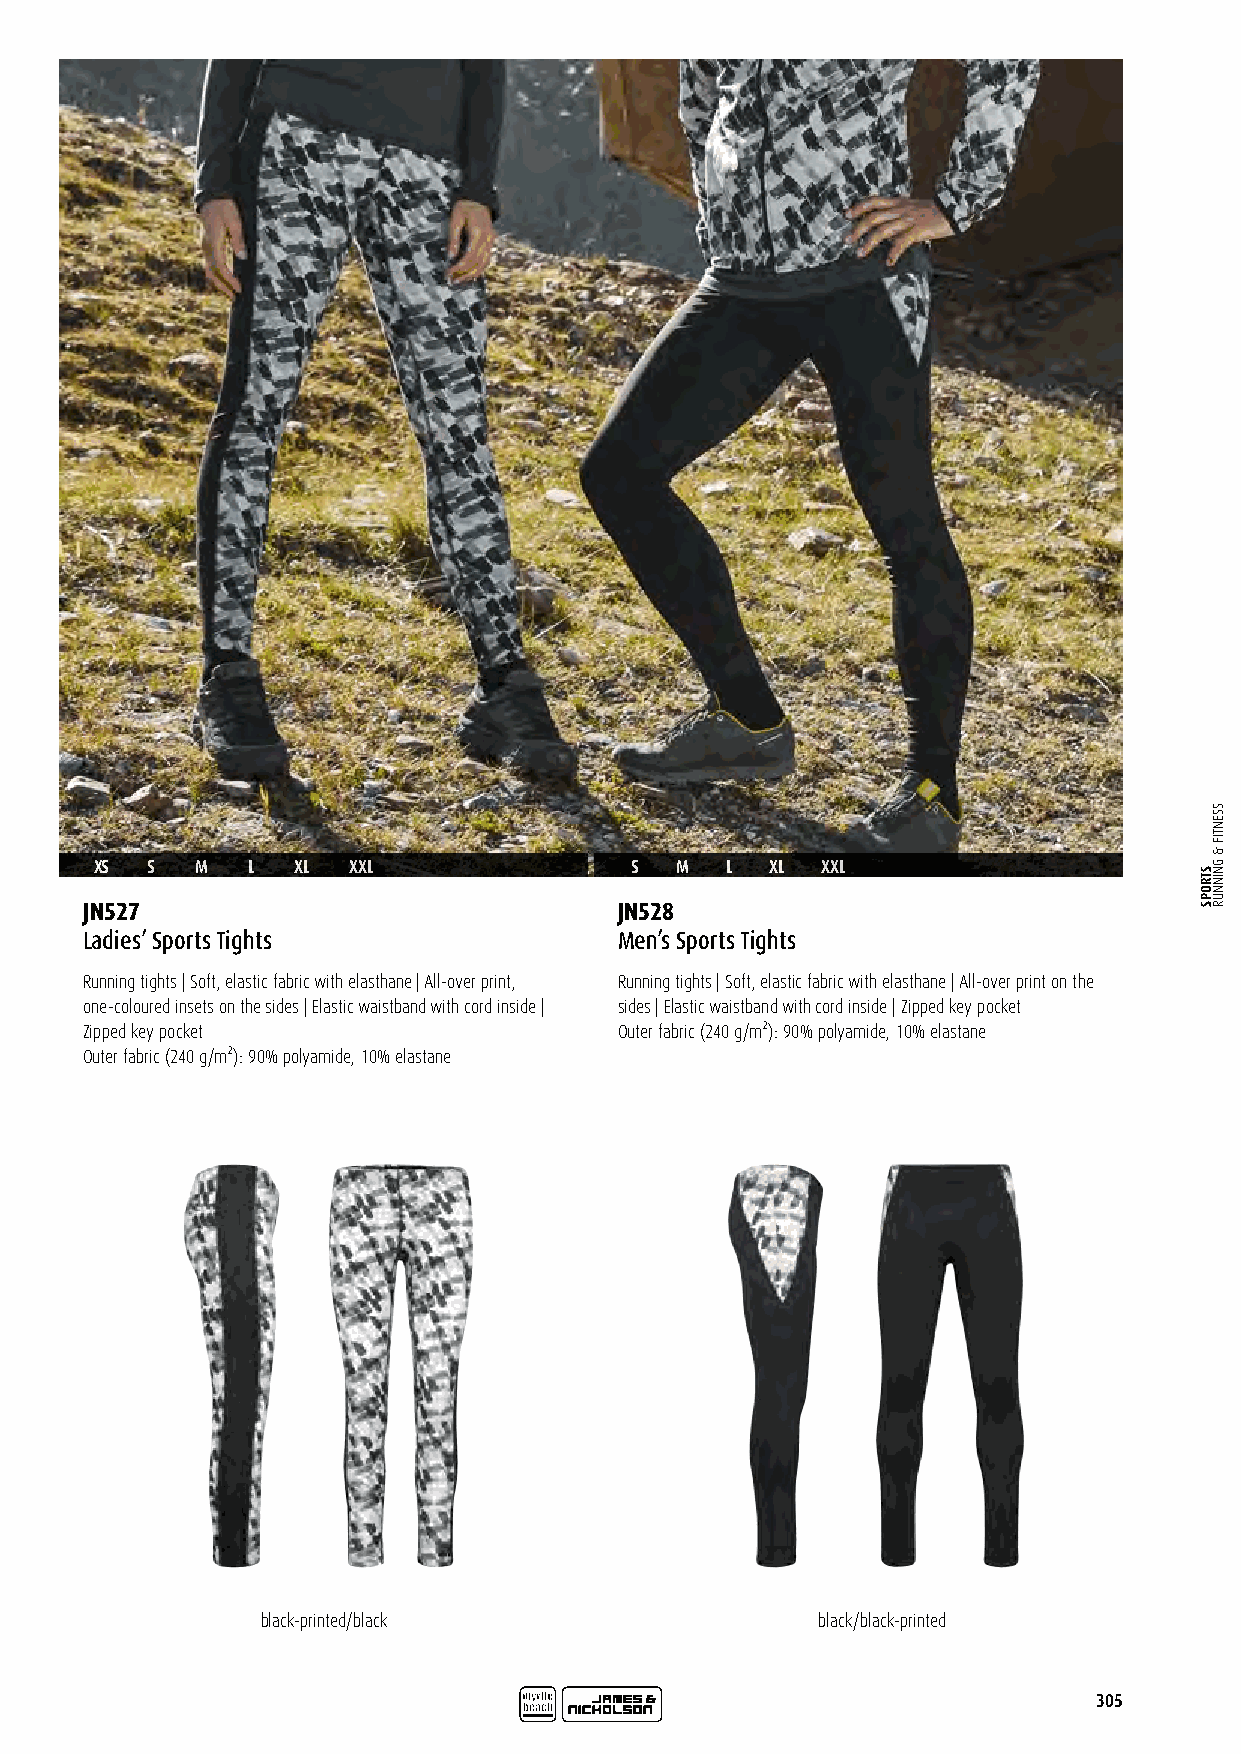
XS  S  M  L   XL XXL                S  M  L  XL XXL
 JN527                               JN528
 Ladies’ Sports Tights               Men’s Sports Tights
 Running tights | Soft, elastic fabric with elasthane | All-over print, Running tights | Soft, elastic fabric with elasthane | All-over print on the
 one-coloured insets on the sides | Elastic waistband with cord inside | sides | Elastic waistband with cord inside | Zipped key pocket
 Zipped key pocket                   Outer fabric (240 g/m²): 90% polyamide, 10% elastane
 Outer fabric (240 g/m²): 90% polyamide, 10% elastane
 black-printed/black                  black/black-printed
 305
 STROPS
 SSENTIF
 &
 GNINNUR